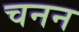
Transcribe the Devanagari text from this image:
चनन